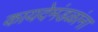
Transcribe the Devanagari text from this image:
कायदेमंडळांना